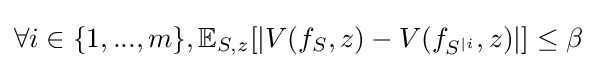
\forall i\in \{1,...,m\},\mathbb {E} _{S,z}[|V(f_{S},z)-V(f_{S^{|i}},z)|]\leq \beta